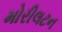
મોરીલટન